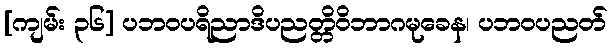
[ကျမ်း ၃၆] ပဘဝပရိညာဒိပညတ္တိဝိဘာဂမုခေန၊ ပဘဝပညတ်